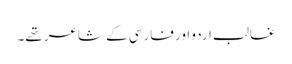
غالب اردو اور فارسی کے شاعر تھے۔